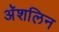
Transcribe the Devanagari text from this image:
अॅशलिन